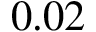
0 . 0 2